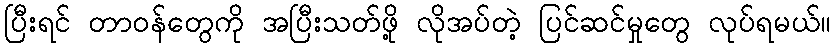
ပြီးရင် တာဝန်တွေကို အပြီးသတ်ဖို့ လိုအပ်တဲ့ ပြင်ဆင်မှုတွေ လုပ်ရမယ်။